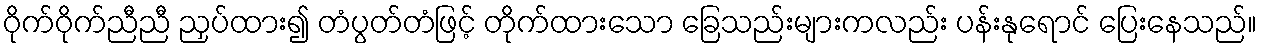
ဝိုက်ဝိုက်ညီညီ ညှပ်ထား၍ တံပွတ်တံဖြင့် တိုက်ထားသော ခြေသည်းများကလည်း ပန်းနုရောင် ပြေးနေသည်။